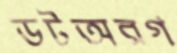
ডটঅরগ